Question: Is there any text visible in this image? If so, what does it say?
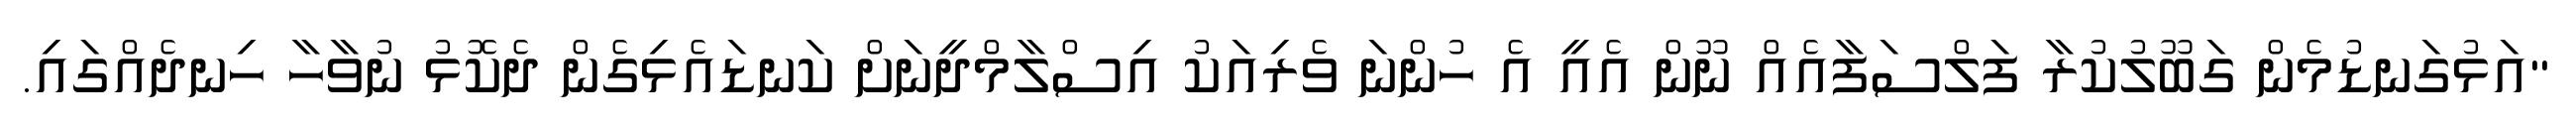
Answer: "އަޅުގަނޑުމެން ގަބޫލުކުރާ ފަލްސަފާއެއް ނޫން އެއީ އެ ހުންނަ ވެރިއަކު އިސްލާމްދީނަށް ކަނޑައެޅިގެން ދެކޮޅު ނުވާހާ ހިނދެއްގައި.